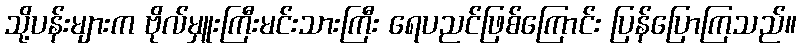
သို့ပန်းများက ဗိုလ်မှူးကြီးမင်းသားကြီး ရေပညင်ဖြစ်ကြောင်း ပြန်ပြောကြသည်။